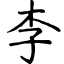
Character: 李